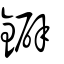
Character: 鐴